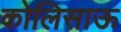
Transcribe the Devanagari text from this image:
कोलिसाऊ